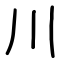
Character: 川